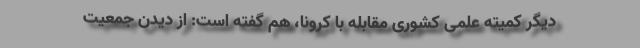
دیگر کمیته علمی کشوری مقابله با کرونا، هم گفته است: از دیدن جمعیت